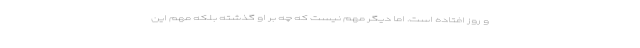
و روز اُفتاده است. اما دیگر مهم نیست که چه بر او گذشته بلکه مهم این